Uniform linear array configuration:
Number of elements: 16
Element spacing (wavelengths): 0.75
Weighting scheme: blackman
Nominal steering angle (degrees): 0
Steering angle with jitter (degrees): -0.2596
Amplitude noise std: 0.05
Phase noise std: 0.05

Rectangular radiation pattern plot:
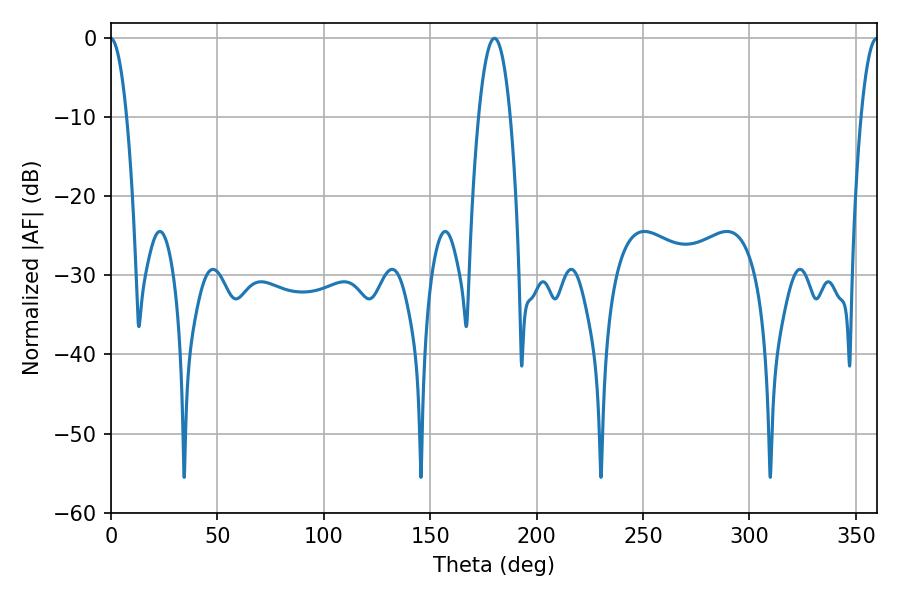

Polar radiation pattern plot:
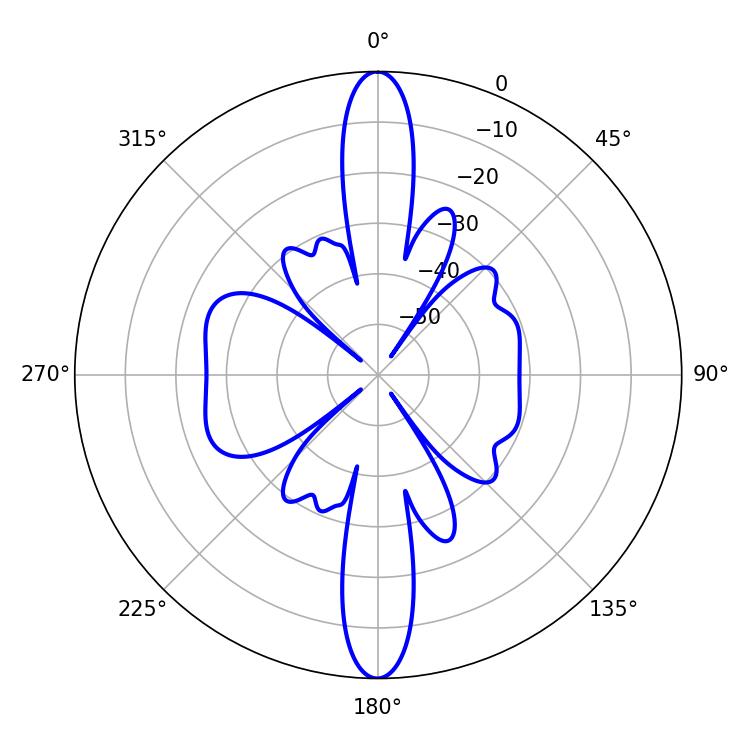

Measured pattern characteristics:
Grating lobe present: TRUE
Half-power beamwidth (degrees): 8.28
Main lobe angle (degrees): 180.18